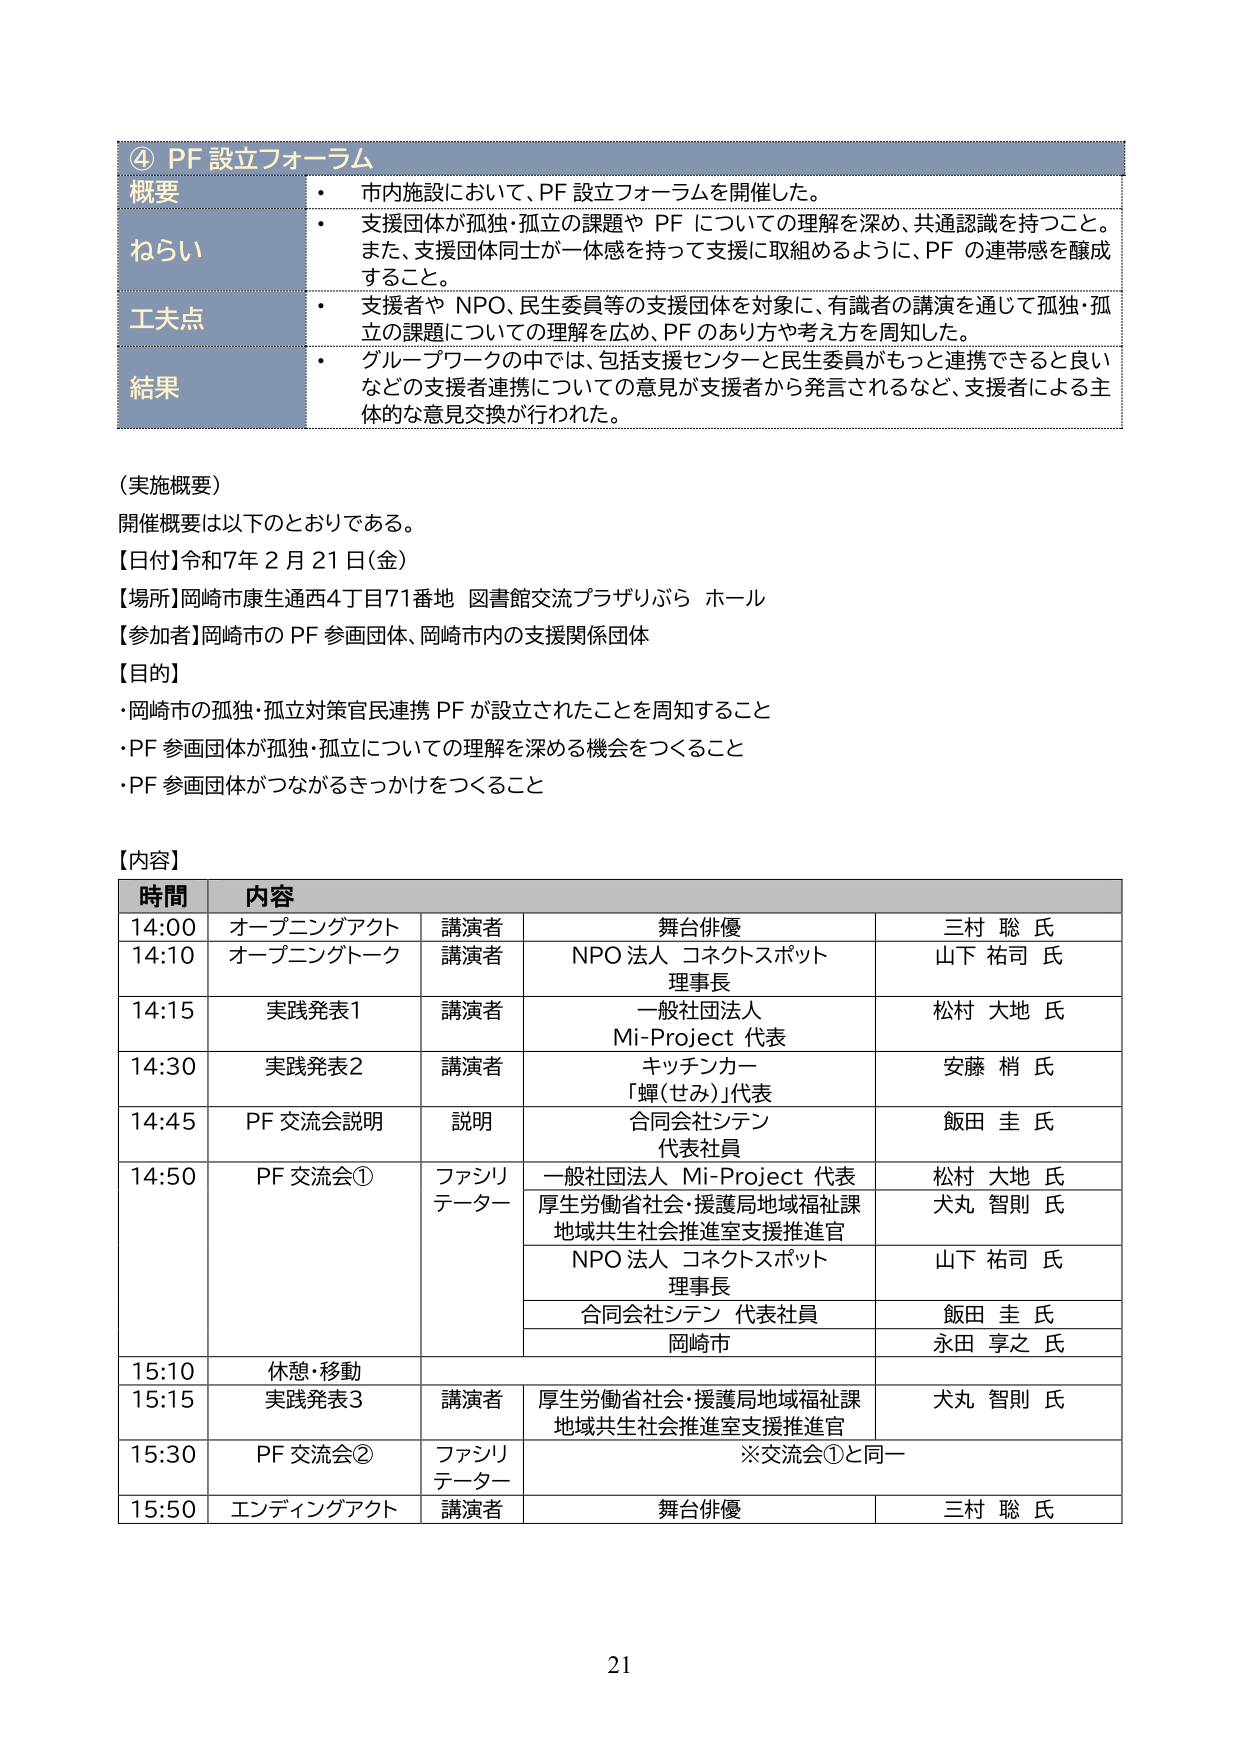
④ PF 設立フォーラム
概要
・市内施設において、PF 設立フォーラムを開催した。
ねらい
・支援団体が孤独・孤立の課題や PF についての理解を深め、共通認識を持つこと。
また、支援団体同士が一体感を持って支援に取組めるように、PF の連帯感を醸成すること。
工夫点
・支援者や NPO、民生委員等の支援団体を対象に、有識者の講演を通じて孤独・孤立の課題についての理解を広め、PF のあり方や考え方を周知した。
結果
・グループワークの中では、包括支援センターと民生委員がもっと連携できると良いなどの支援者連携についての意見が支援者から発言されるなど、支援者による主体的な意見交換が行われた。

（実施概要）
開催概要は以下のとおりである。
【日時】令和7年2月21日（金）
【場所】岡崎市康生通西4丁目71番地 図書館交流プラザりぶら ホール
【参加者】岡崎市の PF 参画団体、岡崎市内の支援関係団体
【目的】
・岡崎市の孤独・孤立対策官民連携 PF が設立されたことを周知すること
・PF 参画団体が孤独・孤立についての理解を深める機会をつくること
・PF 参画団体がつながるきっかけをつくること

【内容】
時間 内容
14:00 オープニングアクト 講演者 舞台俳優 三村 聡 氏
14:10 オープニングトーク 講演者 NPO 法人 コネクトスポット 理事長 山下 祐司 氏
14:15 実践発表1 講演者 一般社団法人 Mi-Project 代表 松村 大地 氏
14:30 実践発表2 講演者 キッチンカー 「蟬（せみ）」代表 安藤 梢 氏
14:45 PF 交流会説明 説明 合同会社シテン 代表社員 飯田 圭 氏
14:50 PF 交流会① ファシリテーター 一般社団法人 Mi-Project 代表 松村 大地 氏
厚生労働省社会・援護局地域福祉課 地域共生社会推進室支援推進官 犬丸 智則 氏
NPO 法人 コネクトスポット 理事長 山下 祐司 氏
合同会社シテン 代表社員 飯田 圭 氏
岡崎市 永田 享之 氏
15:10 休憩・移動
15:15 実践発表3 講演者 厚生労働省社会・援護局地域福祉課 地域共生社会推進室支援推進官 犬丸 智則 氏
15:30 PF 交流会② ファシリテーター ※交流会①と同一
15:50 エンディングアクト 講演者 舞台俳優 三村 聡 氏

21